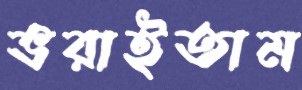
ভরাইতাম